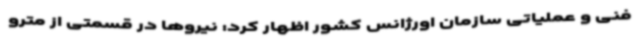
فنی و عملیاتی سازمان اورژانس کشور اظهار کرد: نیروها در قسمتی از مترو